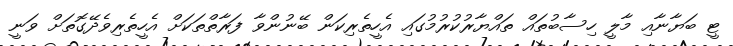
ޓީ ބަޔާނާއި މާލީ ހިސާބުތައް ތައްޔާރުކުރުމުގައި އެހީތެރިކަން ބޭނުންވާ ފަރާތްތަކަށް އެހީތެރިވެދޭގޮތަށް ވަނީ